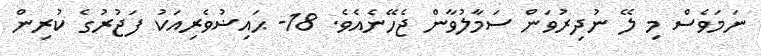
ނަމަވެސް މި ލޭ ނުދިރުވަން ސަމާލުވާން ޖެހޭނެއެވެ. 18- ޙައިޟުވެރިއަކު ފަޖުރުގެ ކުރިން